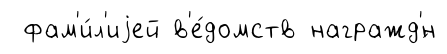
фам'и́л'иjей в'е́домств награжд'́н